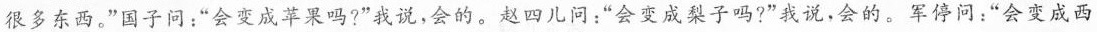
很多东西。”国子问；”会变成苹果吗?”我说，会的。赵四儿问：”会变成梨子吗?”我说，会的。军停问：”会变成西